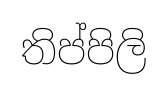
තිප්පිලි